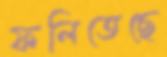
ফলিতেছে